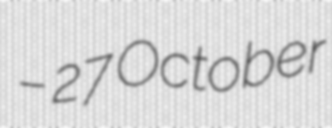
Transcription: – 27 October